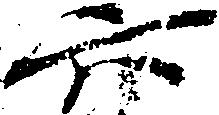
六